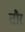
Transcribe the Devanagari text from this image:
तौर